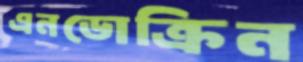
এনডোক্রিন